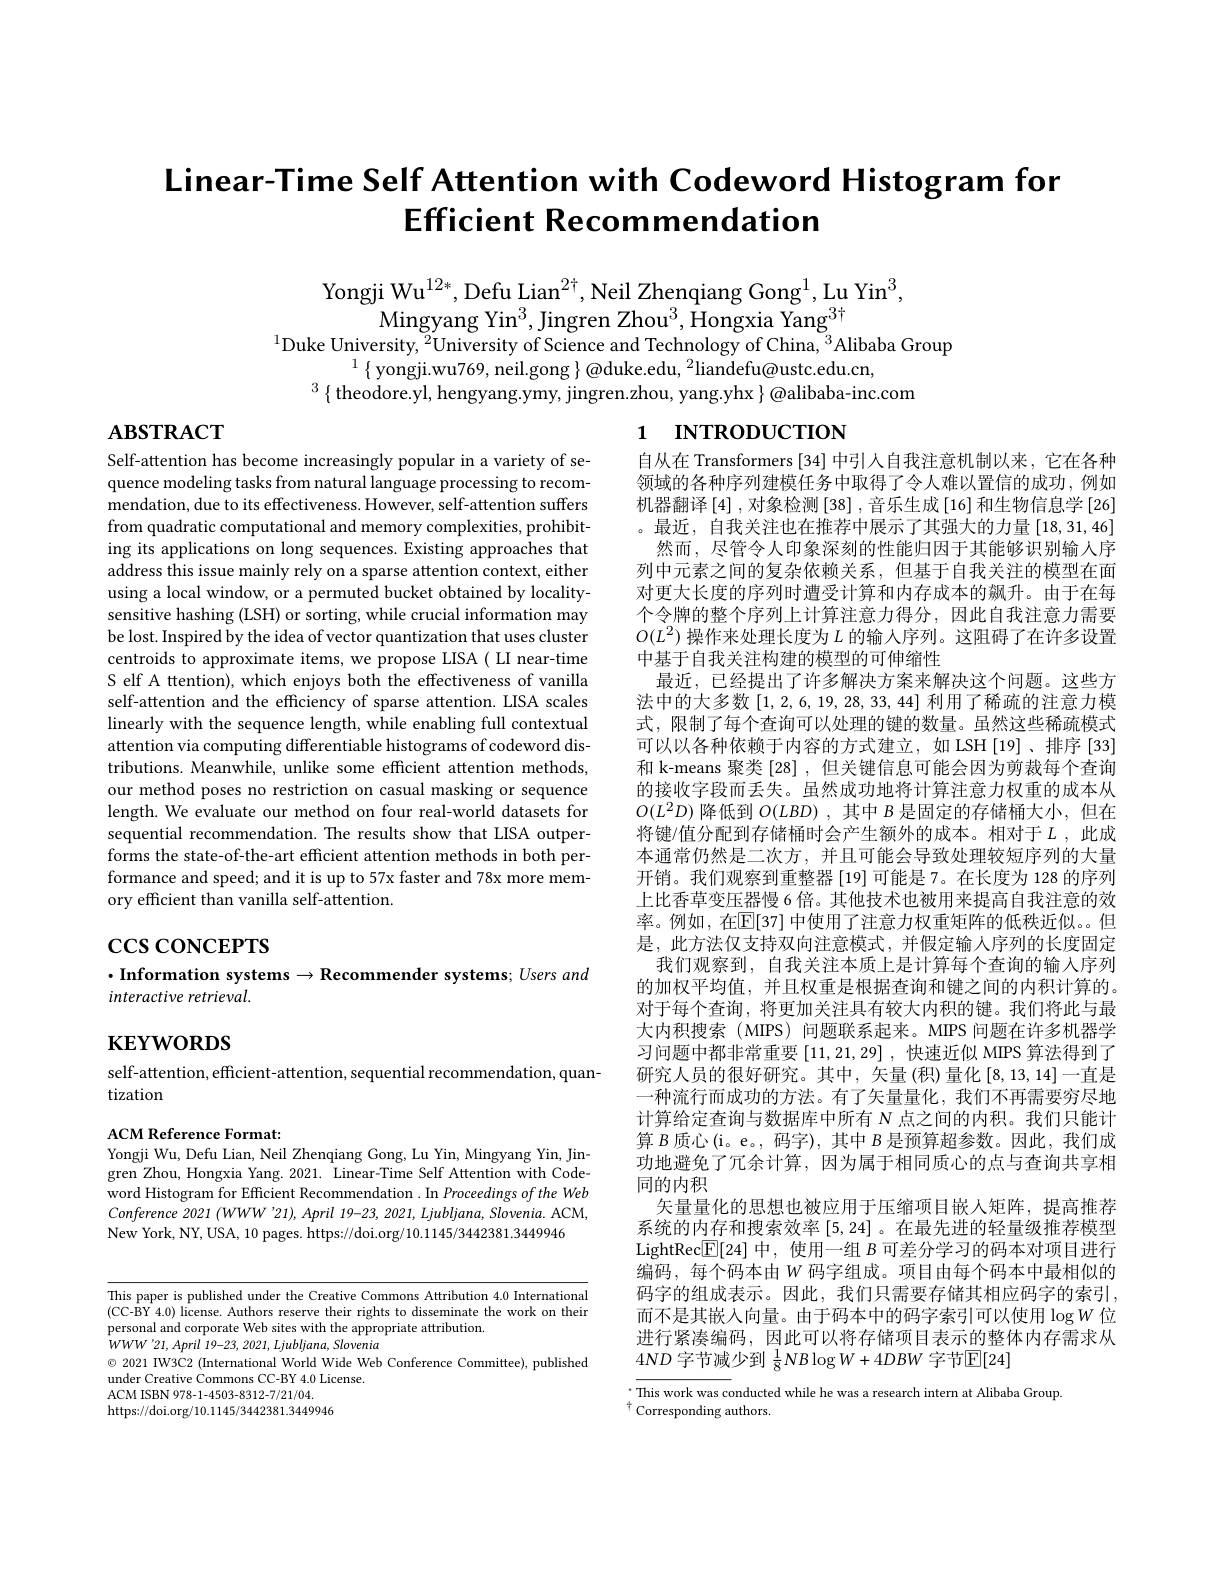
# Linear-Time Self Attention with Codeword Histogram for Efficient Recommendation

Yongji Wu$^{12*}$, Defu Lian$^{2\dagger}$, Neil Zhenqiang Gong$^1$,Lu Yin$^3$,
Mingyang Yi$n^{3}$, Jingren Zho$u^{3}$, Hongxia Yan$g^{3\dagger }$
$^{1}$Duke University,$^2$University of Science and Technology of China,$^3$Alibaba Group
$^{1}\left\{\mathrm{~yongji.wu769,~neil.gong~}\right\}@$duke.edu,$^2$liandefu@ustc.edu.cn,
$^{3}\left\{\text{theodore.yl, hengyang.ymy, jingren.zhou, yang.yhx}\right\}@$alibaba-inc.com

$\mathbf{ABSTRACT}$

# 1 INTRODUCTION

Self-attention has become increasingly popular in a variety of sequence modeling tasks from natural language processing to recommendation, due to its effectiveness. However, self-attention suffers from quadratic computational and memory complexities, prohibiting its applications on long sequences. Existing approaches that address this issue mainly rely on a sparse attention context, either using a local window, or a permuted bucket obtained by localitysensitive hashing (LSH) or sorting, while crucial information may be lost. Inspired by the idea of vector quantization that uses cluster centroids to approximate items, we propose LISA ( LI near-time S elf A ttention), which enjoys both the effectiveness of vanilla self-attention and the efficiency of sparse attention. LISA scales linearly with the sequence length, while enabling full contextual attention via computing differentiable histograms of codeword distributions. Meanwhile, unlike some efficient attention methods, our method poses no restriction on casual masking or sequence length. We evaluate our method on four real-world datasets for sequential recommendation. The results show that LISA outperforms the state-of-the-art efficient attention methods in both performance and speed; and it is up to 57x faster and 78x more memory efficient than vanilla self-attention.

自从在 Transformers [34] 中引人自我注意机制以来，它在各种领域的各种序列建模任务中取得了令人难以置信的成功，例如机器翻译[4],对象检测[38],音乐生成[16]和生物信息学[26] 。最近，自我关注也在推荐中展示了其强大的力量[18,31,46]
然而，尽管令人印象深刻的性能归因于其能够识别输入序列中元素之间的复杂依赖关系，但基于自我关注的模型在面对更大长度的序列时遭受计算和内存成本的飙升。由于在每个令牌的整个序列上计算注意力得分，因此自我注意力需要$O(L^2)$操作来处理长度为$L$的输人序列。这阻碍了在许多设置中基于自我关注构建的模型的可伸缩性
最近，已经提出了许多解决方案来解决这个问题。这些方法中的大多数[1,2,6,19,28,33,44] 利用了稀疏的注意力模式，限制了每个查询可以处理的键的数量。虽然这些稀疏模式可以以各种依赖于内容的方式建立，如 LSH [19]、排序 [33] 和 k-means 聚类 [28] , 但关键信息可能会因为剪裁每个查询的接收字段而丢失。虽然成功地将计算注意力权重的成本从$O(L^2D)$降低到$O(LBD)$ ,其中$B$是固定的存储桶大小，但在将键/值分配到存储桶时会产生额外的成本。相对于$L$,此成本通常仍然是二次方，并且可能会导致处理较短序列的大量开销。我们观察到重整器[19]可能是7。在长度为 128 的序列上比香草变压器慢 6 倍。其他技术也被用来提高自我注意的效率。例如，在$\mathbb{E}[37]$ 中使用了注意力权重矩阵的低秩近似。。但是，此方法仅支持双向注意模式，并假定输人序列的长度固定
我们观察到，自我关注本质上是计算每个查询的输入序列的加权平均值，并且权重是根据查询和键之间的内积计算的。对于每个查询，将更加关注具有较大内积的键。我们将此与最大内积搜索(MIPS) 问题联系起来。MIPS 问题在许多机器学习问题中都非常重要[11,21,29] ,快速近似 MIPS 算法得到了研究人员的很好研究。其中，矢量(积)量化[8,13,14]一直是一种流行而成功的方法。有了矢量量化，我们不再需要穷尽地计算给定查询与数据库中所有 N 点之间的内积。我们只能计算$B$质心(i。e。, 码字), 其中$B$是预算超参数。因此，我们成功地避免了冗余计算，因为属于相同质心的点与查询共享相同的内积
矢量量化的思想也被应用于压缩项目嵌人矩阵，提高推荐系统的内存和搜索效率[5,24] 。在最先进的轻量级推荐模型LightRec$\boxed{\mathbb{E}}[24]$中，使用一组$B$可差分学习的码本对项目进行编码，每个码本由$W$码字组成。项目由每个码本中最相似的码字的组成表示。因此，我们只需要存储其相应码字的索引， 而不是其嵌入向量。由于码本中的码字索引可以使用$\log W$位进行紧凑编码，因此可以将存储项目表示的整体内存需求从$4ND$字节减少到$\frac18NB\log W+4DBW$字节$\mathbb{E}[24]$
This work was conducted while he was a research intern at Alibaba Group.

$\csc\csc$coNCEPTS

# $\cdot$Information systems$\to$Recommender systems; Users and interactive retrieval.

# $\mathbf{KEYWORDS}$

self-attention, efficient-attention, sequential recommendation, quan-
tization

ACM Reference Format:
Yongji Wu, Defu Lian, Neil Zhenqiang Gong, Lu Yin, Mingyang Yin, Jin-

gren Zhou, Hongxia Yang. 2021. Linear-Time Self Attention with Codeword Histogram for Efficient Recommendation . In Proceedings of the Web Conference 2021 (WWW'21), April 19-23, 2021, Ljubljana, Slovenia. ACM, New York, NY, USA, 10 pages. https://doi.org/10.1145/3442381.3449946

This paper is published under the Creative Commons Attribution 4.0 International (CC-BY 4.0) license. Authors reserve their rights to disseminate the work on their personal and corporate Web sites with the appropriate attribution.
WWW'21, April 19-23, 2021, Ljubljana, Slovenia
$\odot$ 2021 IW3C2 (International World Wide Web Conference Committee), published
under Creative Commons CC-BY 4.0 License.
ACM ISBN 978-1-4503-8312-7/21/04.
https://doi.org/10.1145/3442381.3449946

$^{\dagger}$Corresponding authors.